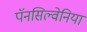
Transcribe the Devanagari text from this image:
पॅनसिल्वेनिया